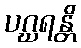
ပဂ္ဃရန္တိ